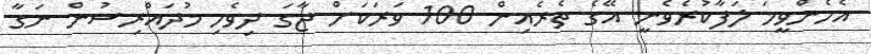
އެހެންވީމަ ލަފާކުރެވެނީ އޭގެ ތެރެއިން 100 ވަރަކަށް ޖާގަ ދިވެހި މުދައްރިސުން ނަގާ